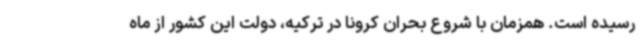
رسیده است. همزمان با شروع بحران کرونا در ترکیه، دولت این کشور از ماه